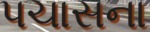
પચાસના